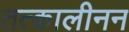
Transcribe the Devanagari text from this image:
तत्कालीनन